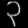
Digit: ၃